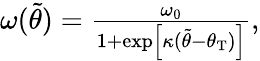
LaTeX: \begin{array}{r}{\omega(\tilde{\theta})=\frac{\omega_{0}}{1+\exp\left[\kappa(\tilde{\theta}-\theta_{\mathrm{T}})\right]},}\end{array}